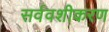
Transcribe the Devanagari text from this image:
सर्ववशीकरण